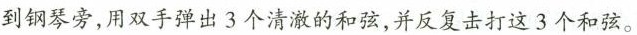
到钢琴旁，用双手弹出3个清澈的和弦，并反复打击这3个和弦。